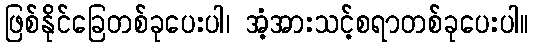
ဖြစ်နိုင်ခြေတစ်ခုပေးပါ၊ အံ့အားသင့်စရာတစ်ခုပေးပါ။